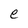
Character: e